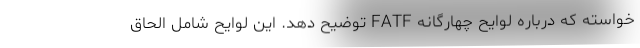
خواسته که درباره لوایح چهارگانه FATF توضیح دهد. این لوایح شامل الحاق